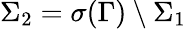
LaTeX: \Sigma_{2}=\sigma(\Gamma)\setminus\Sigma_{1}